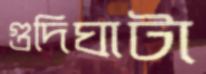
গুদিঘাটা